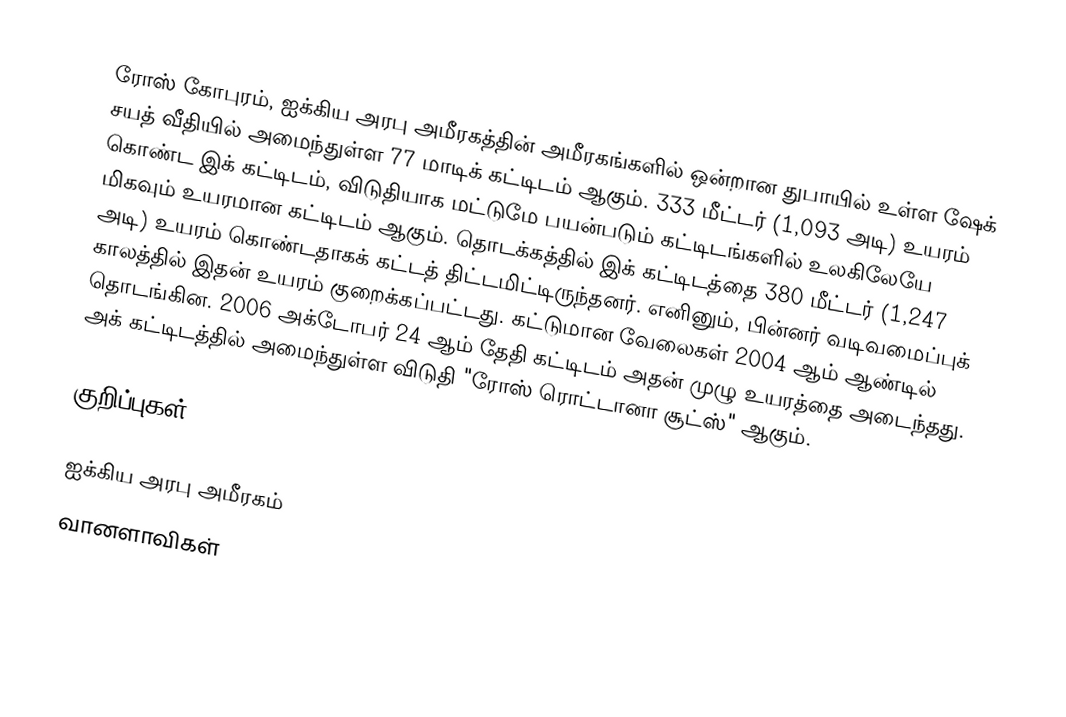
ரோஸ் கோபுரம், ஐக்கிய அரபு அமீரகத்தின் அமீரகங்களில் ஒன்றான துபாயில் உள்ள ஷேக் சயத் வீதியில் அமைந்துள்ள 77 மாடிக் கட்டிடம் ஆகும். 333 மீட்டர் (1,093 அடி) உயரம் கொண்ட இக் கட்டிடம், விடுதியாக மட்டுமே பயன்படும் கட்டிடங்களில் உலகிலேயே மிகவும் உயரமான கட்டிடம் ஆகும். தொடக்கத்தில் இக் கட்டிடத்தை 380 மீட்டர் (1,247 அடி) உயரம் கொண்டதாகக் கட்டத் திட்டமிட்டிருந்தனர். எனினும், பின்னர் வடிவமைப்புக் காலத்தில் இதன் உயரம் குறைக்கப்பட்டது. கட்டுமான வேலைகள் 2004 ஆம் ஆண்டில் தொடங்கின. 2006 அக்டோபர் 24 ஆம் தேதி கட்டிடம் அதன் முழு உயரத்தை அடைந்தது. அக் கட்டிடத்தில் அமைந்துள்ள விடுதி "ரோஸ் ரொட்டானா சூட்ஸ்" ஆகும்.

குறிப்புகள்

ஐக்கிய அரபு அமீரகம்
வானளாவிகள்